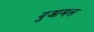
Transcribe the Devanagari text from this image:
युआमल